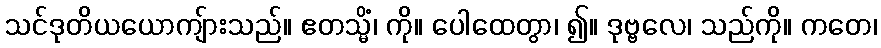
သင်ဒုတိယယောကျ်ားသည်။ ဧတသ္မိံ၊ ကို။ ပေါထေတွာ၊ ၍။ ဒုဗ္ဗလေ၊ သည်ကို။ ကတေ၊